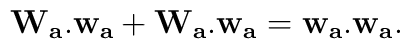
{\bf W_a. w_a}+ {\bf W_a. w_a}=  {\bf w_a.w_a}.